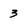
Character: 3